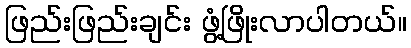
ဖြည်းဖြည်းချင်း ဖွံ့ဖြိုးလာပါတယ်။